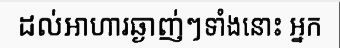
ដល់អាហារឆ្ងាញ់ៗទាំងនោះ អ្នក